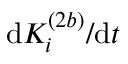
\mathrm { d } K _ { i } ^ { ( 2 b ) } / \mathrm { d } t